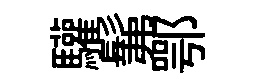
驩髴鄂